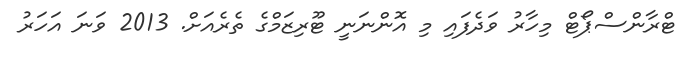
ޓްރާންސްޕޯޓް މިހާރު ވަދެފައި މި އޮންނަނީ ޓޫރިޒަމްގެ ތެރެއަށް. 2013 ވަނަ އަހަރު